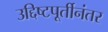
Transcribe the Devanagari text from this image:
उद्दिष्टपूर्तीनंतर